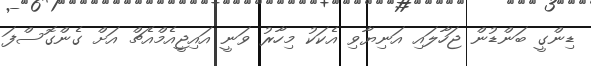
ޑިންގީ ބަންޑުން ޖަހާލައި އަނިޔާވި އެކަކު މިހާރު ވަނީ އައިޖީއެމްއެޗް އަށް ގެންގޮސްފަ